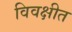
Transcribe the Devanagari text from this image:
विवक्षीत